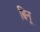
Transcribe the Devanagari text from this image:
बिनू